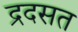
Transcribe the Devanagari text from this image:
द्रदसत